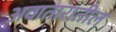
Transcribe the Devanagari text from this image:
अवातारातील